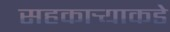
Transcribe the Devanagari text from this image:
सहकार्‍याकडे